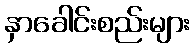
နှာခေါင်းစည်းများ